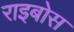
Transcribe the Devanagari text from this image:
राइबोस